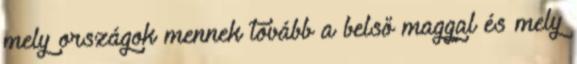
mely országok mennek tovább a belső maggal és mely